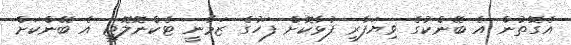
އެގޮތުން އެ ބޭންކުގެ ވިޔަފާރި ފުޅާކޮށް ފަހުގެ ޒަމާނީ ޓެކްނޮލޮޖީ އެ ބޭންކަށް